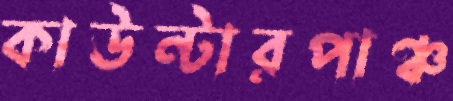
কাউন্টারপাঞ্চ